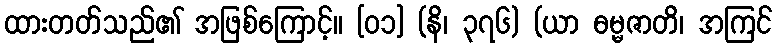
ထားတတ်သည်၏ အဖြစ်ကြောင့်။ [၀၁] (နိ၊ ၃၇၆) (ယာ ဓမ္မဇာတိ၊ အကြင်